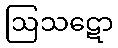
ဩသဋော